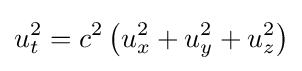
u_{t}^{2}=c^{2}\left(u_{x}^{2}+u_{y}^{2}+u_{z}^{2}\right)